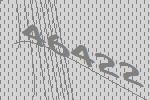
46422